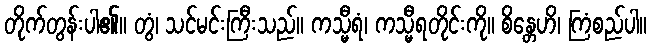
တိုက်တွန်းပါ၏။ တွံ၊ သင်မင်းကြီးသည်။ ကသ္မီရံ၊ ကသ္မီရတိုင်းကို။ စိန္တေဟိ၊ ကြံစည်ပါ။